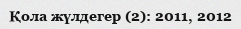
Қола жүлдегер (2): 2011, 2012